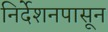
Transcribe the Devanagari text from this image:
निर्देशनपासून